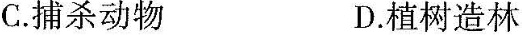
C.捕杀动物D.植树造林